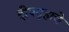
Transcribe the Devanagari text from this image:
दीपगृहाचे